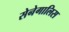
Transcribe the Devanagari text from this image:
सेनेगालिस